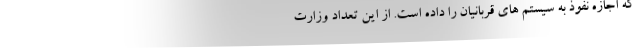
که اجازه نفوذ به سیستم های قربانیان را داده است. از این تعداد وزارت